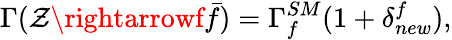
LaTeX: \Gamma(\mathcal{Z}\rightarrowf{\bar{{f}}})=\Gamma_{f}^{SM}(1+\delta_{new}^{f}),